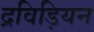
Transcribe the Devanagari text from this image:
द्रविड़ियन